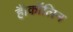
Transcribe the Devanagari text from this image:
हैं।कॉलिन